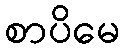
စာပိမေ